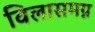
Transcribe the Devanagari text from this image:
विलासमग्न